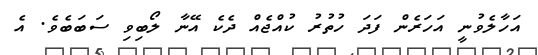
އަހާލެވުނީ އަހަރެން ފަދަ ހުތުރު ކުއްޖެއް ދެކެ އޭނާ ލޯބިވި ސަބަބެވެ. އެ